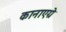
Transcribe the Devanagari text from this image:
कानाएग्रे